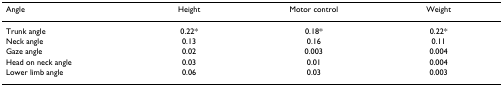
<table><thead><tr><td><b>Angle</b></td><td><b>Height</b></td><td><b>Motor control</b></td><td><b>Weight</b></td></tr></thead><tbody><tr><td>Trunk angle</td><td>0.22*</td><td>0.18*</td><td>0.22*</td></tr><tr><td>Neck angle</td><td>0.13</td><td>0.16</td><td>0.11</td></tr><tr><td>Gaze angle</td><td>0.02</td><td>0.003</td><td>0.004</td></tr><tr><td>Head on neck angle</td><td>0.03</td><td>0.01</td><td>0.004</td></tr><tr><td>Lower limb angle</td><td>0.06</td><td>0.03</td><td>0.003</td></tr></tbody></table>